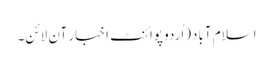
اسلام آباد(اُردو پوائنٹ اخبار آن لائن۔